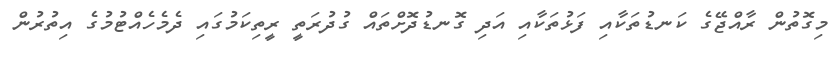
މިގޮތުން ރާއްޖޭގެ ކަނޑުތަކާއި ފަޅުތަކާއި އަދި ގޮނޑުދޮށްތައް ގުދުރަތީ ރީތިކަމުގައި ދެމެހެއްޓުމުގެ އިތުރުން